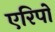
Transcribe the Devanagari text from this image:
एरिपो